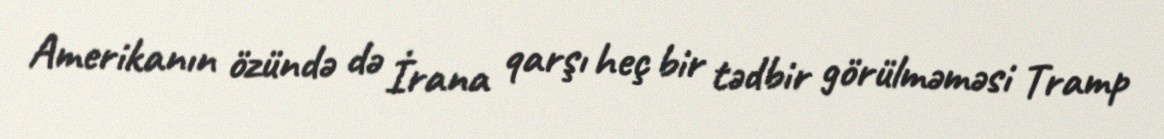
Amerikanın özündə də İrana qarşı heç bir tədbir görülməməsi Tramp